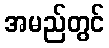
အမည်တွင်